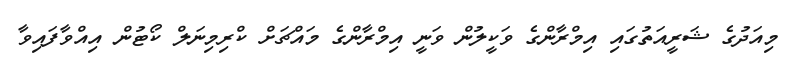
މިއަދުގެ ޝަރީއަތުގައި އިމްރާންގެ ވަކީލުން ވަނީ އިމްރާންގެ މައްޗަށް ކްރިމިނަލް ކޯޓުން އިއްވާފައިވާ